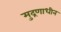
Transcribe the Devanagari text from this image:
मुद्रणाधीन